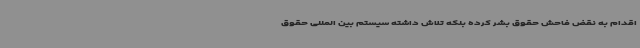
اقدام به نقض فاحش حقوق بشر کرده بلکه تلاش داشته سیستم بین المللی حقوق